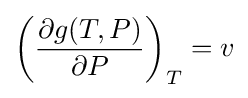
\left({\frac {\partial g(T,P)}{\partial P}}\right)_{T}=v